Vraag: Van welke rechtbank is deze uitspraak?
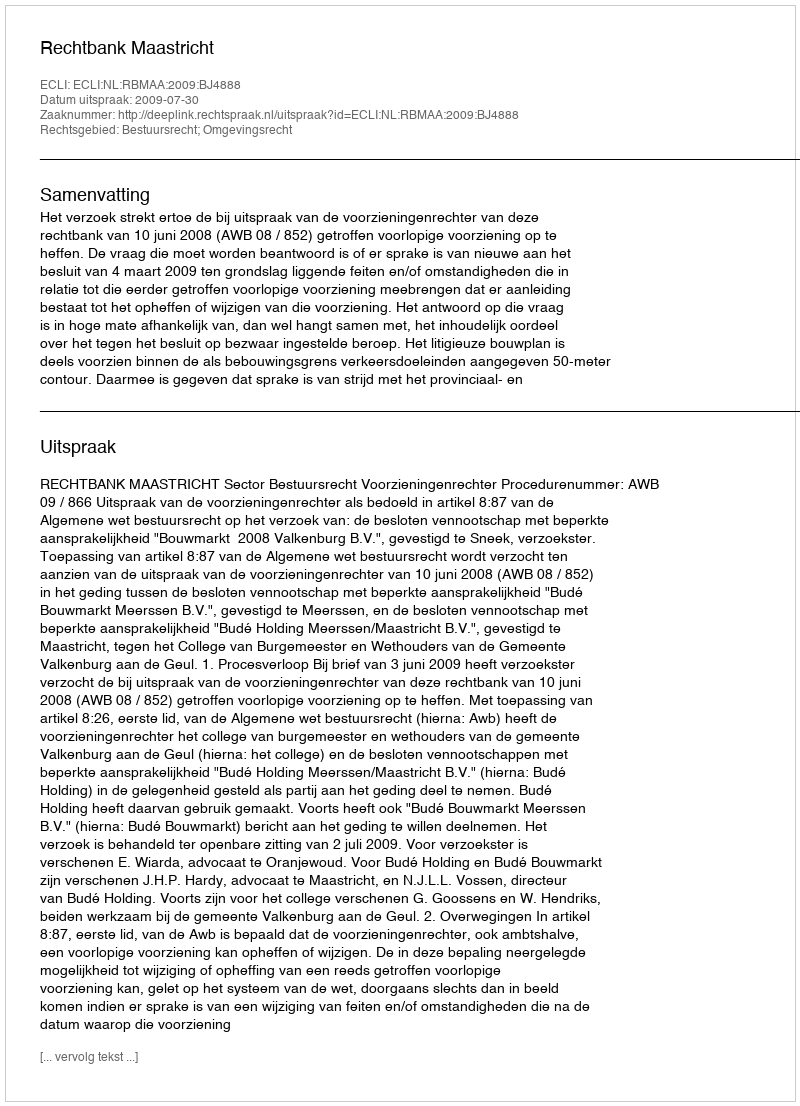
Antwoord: Rechtbank Maastricht